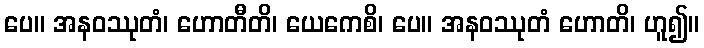
ပေ။ အနဝဿုတံ၊ ဟောတီတိ၊ ယေကေစိ၊ ပေ။ အနဝဿုတံ ဟောတိ၊ ဟူ၍။